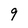
Character: 9